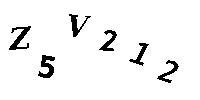
Z5V212